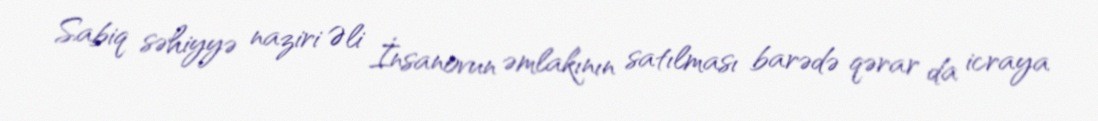
Sabiq səhiyyə naziri Əli İnsanovun əmlakının satılması barədə qərar da icraya